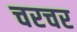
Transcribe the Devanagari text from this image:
चरचर